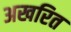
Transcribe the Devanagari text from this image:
अखरित